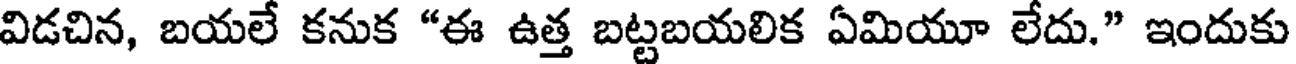
విడచిన, బయలే కనుక "ఈ ఉత్త బట్టబయలిక ఏమియూ లేదు." ఇందుకు